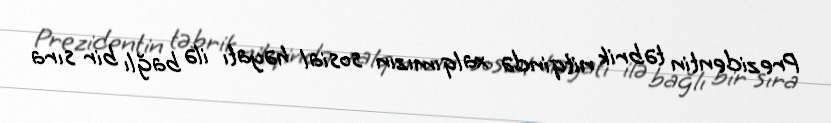
Prezidentin təbrik nitqində xalqımızın sosial həyatı ilə bağlı bir sıra